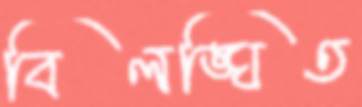
বিলঙ্ঘিত